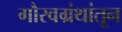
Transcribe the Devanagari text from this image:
गौरवग्रंथांतून